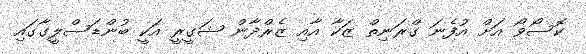
ކޮސޯވޯ އަށް އުފެނަ ގްރަނިތް ޒަކާ އާއި ޒެރްދާން ޝަގީރީ އަކީ ބުންޑަސްލީގާގައި